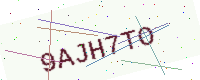
Text: 9AJH7TO